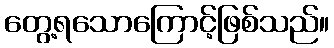
တွေ့ရသောကြောင့်ဖြစ်သည်။